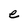
Character: e